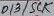
Text: D13